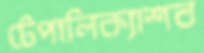
টেপালিক্যাশব